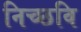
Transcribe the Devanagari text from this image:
निच्छवि